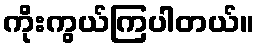
ကိုးကွယ်ကြပါတယ်။